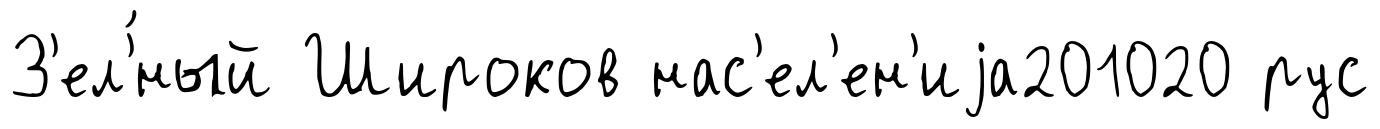
З'ел'́ный Широков нас'ел'ен'иjа201020 рус